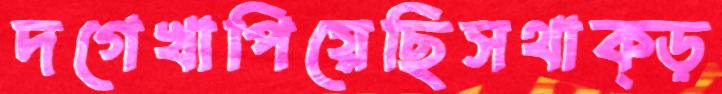
দগেখাপিয়েছিসথাক্‌ড়